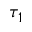
\tau _ { 1 }